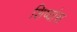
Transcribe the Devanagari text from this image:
शिष्यांस